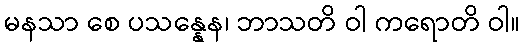
မနသာ စေ ပသန္နေန၊ ဘာသတိ ဝါ ကရောတိ ဝါ။